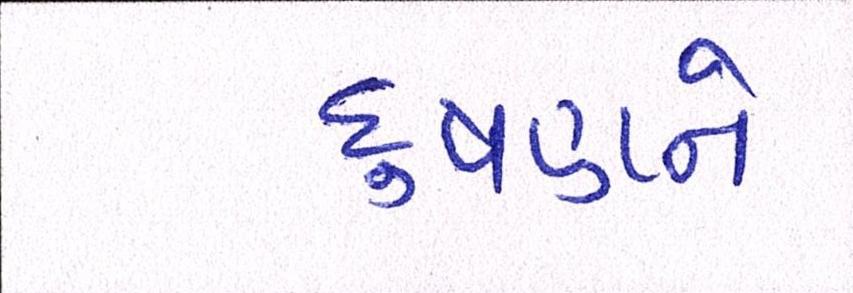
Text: દુષણને